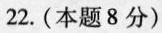
22. (本题8 分)